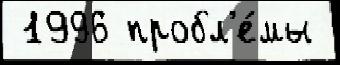
 1996 пробл'е́мы